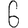
Digit: 6